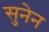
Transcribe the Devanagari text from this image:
सुनेन